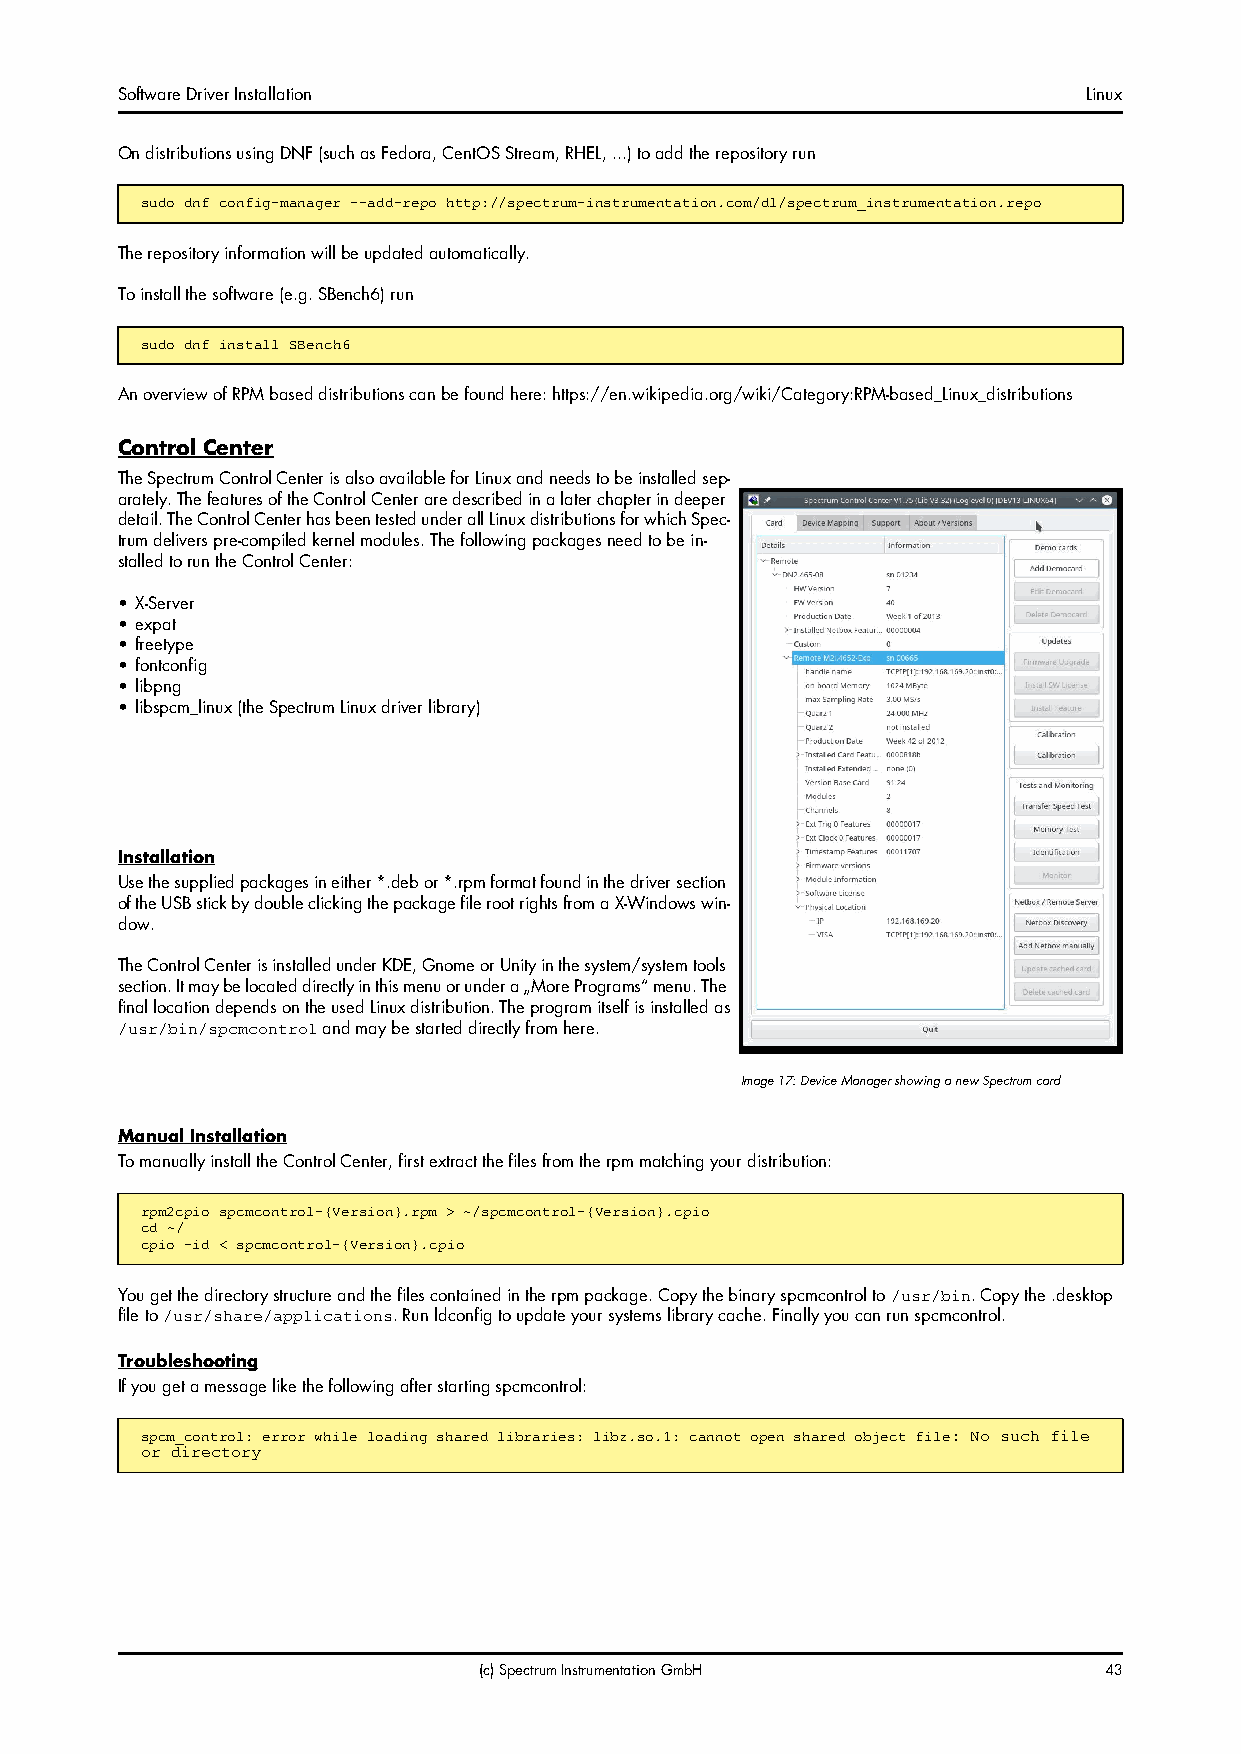
Software Driver Installation                                    Linux
 On distributions using DNF (such as Fedora, CentOS Stream, RHEL, ...) to add the repository run
 sudo dnf config-manager --add-repo http://spectrum-instrumentation.com/dl/spectrum_instrumentation.repo
 The repository information will be updated automatically.
 To install the software (e.g. SBench6) run
 sudo dnf install SBench6
 An overview of RPM based distributions can be found here: https://en.wikipedia.org/wiki/Category:RPM-based_Linux_distributions
 Control Center
 The Spectrum Control Center is also available for Linux and needs to be installed sep-
 arately. The features of the Control Center are described in a later chapter in deeper
 detail. The Control Center has been tested under all Linux distributions for which Spec-
 trum delivers pre-compiled kernel modules. The following packages need to be in-
 stalled to run the Control Center:
 • X-Server
 • expat
 • freetype
 • fontconfig
 • libpng
 • libspcm_linux (the Spectrum Linux driver library)
 Installation
 Use the supplied packages in either *.deb or *.rpm format found in the driver section
 of the USB stick by double clicking the package file root rights from a X-Windows win-
 dow.
 The Control Center is installed under KDE, Gnome or Unity in the system/system tools
 section. It may be located directly in this menu or under a „More Programs“ menu. The
 final location depends on the used Linux distribution. The program itself is installed as
 and may be started directly from here.
 /usr/bin/spcmcontrol
 Image 17: Device Manager showing a new Spectrum card
 Manual Installation
 To manually install the Control Center, first extract the files from the rpm matching your distribution:
 rpm2cpio spcmcontrol-{Version}.rpm > ~/spcmcontrol-{Version}.cpio
 cd ~/
 cpio -id < spcmcontrol-{Version}.cpio
 You get the directory structure and the files contained in the rpm package. Copy the binary spcmcontrol to . Copy the .desktop
 /usr/bin
 file to           . Run ldconfig to update your systems library cache. Finally you can run spcmcontrol.
 /usr/share/applications
 Troubleshooting
 If you get a message like the following after starting spcmcontrol:
 spcm_control: error while loading shared libraries: libz.so.1: cannot open shared object file: No such file
 or directory
 (c) Spectrum Instrumentation GmbH        43